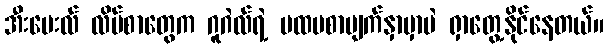
အီးမေးလ် လိပ်စာတွေက ဂူဂဲလ်ရဲ့ ပထမစာမျက်နှာမှာပဲ ရှာတွေ့နိုင်နေတယ်။